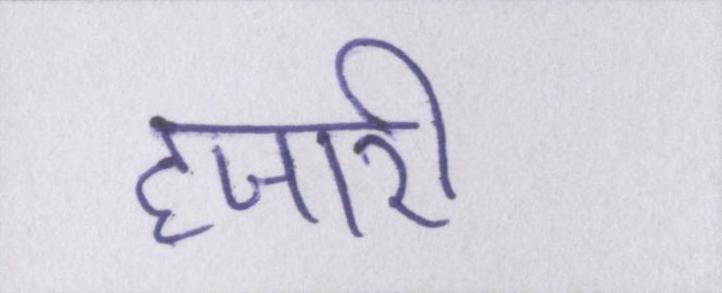
हजारी